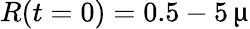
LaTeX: R(t=0)=0.5-5\, \upmu